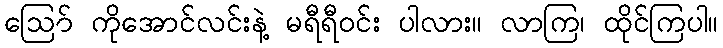
ဪ ကိုအောင်လင်းနဲ့ မရီရီဝင်း ပါလား။ လာကြ၊ ထိုင်ကြပါ။